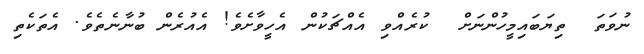
ނުވަތަ  ތިޔަބައިމީހުންނަށް  ކުރެއްވި އެއްޗަކުން އެހީވާށެވެ! އެއުރެން ބުނާނެތެވެ. އެތަކެތި